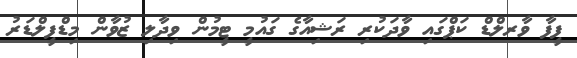
ފީފާ ވާރލްޑް ކަޕްގައި ވާދަކުރި ރަޝިއާގެ ގައުމީ ޓީމުން ވިދާލި ޒުވާން މިޑްފީލްޑަރު